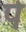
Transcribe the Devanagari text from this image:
र्प